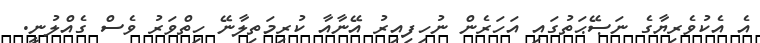
އެ އެކުވެރިޔާގެ ނަޞޭޙަތުގައި އަހަރެން ނުހިފިއިރު އޭނާއާ ކުރިމަތިލާނޭ ހިތްވަރު ވެސް ގެއްލުނީ.